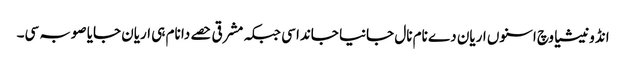
انڈونیشیا وچ اسنوں اریان دے نام نال جانیا جاندا سی جبکہ مشرقی حصے دا نام ہی اریان جایا صوبہ سی۔